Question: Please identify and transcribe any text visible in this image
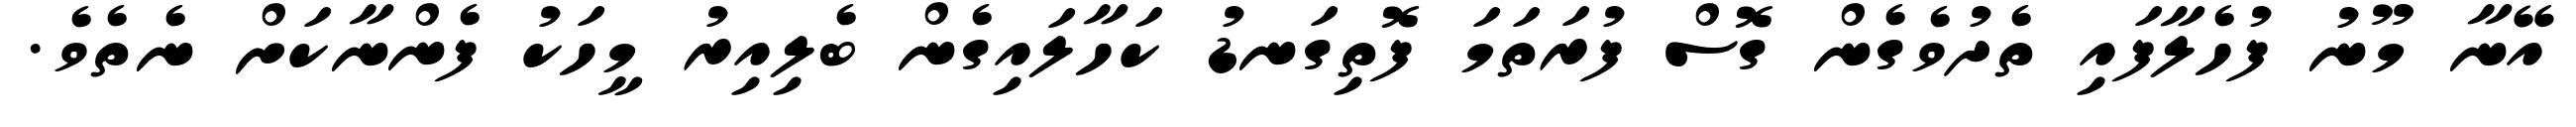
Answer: އޭނާ މޫނު ފުހެލާފައި ތެދުވެގެން ގޮސް ފުރަތަމަ ފޮތިގަނޑު ކަހާލައިގެން ބެލިއިރު މީހަކު ފެންނާކަށް ނެތެވެ.